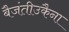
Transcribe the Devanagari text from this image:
बैजंतीउकैना